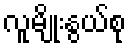
လူမျိုးနွယ်စု